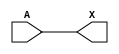
// SPDX-FileCopyrightText: 2020 Efabless Corporation
//
// Licensed under the Apache License, Version 2.0 (the "License");
// you may not use this file except in compliance with the License.
// You may obtain a copy of the License at
//
//      http://www.apache.org/licenses/LICENSE-2.0
//
// Unless required by applicable law or agreed to in writing, software
// distributed under the License is distributed on an "AS IS" BASIS,
// WITHOUT WARRANTIES OR CONDITIONS OF ANY KIND, either express or implied.
// See the License for the specific language governing permissions and
// limitations under the License.
// SPDX-License-Identifier: Apache-2.0

// Module xres_buf is a level-shift buffer between the xres pad (used for
// digital reset) and the caravel chip core.  The xres pad output is in
// the 3.3V domain while the signal goes to the digital circuitry in the
// 1.8V domain.

module xres_buf (
	X    ,
	A    ,
`ifdef USE_POWER_PINS
	VPWR ,
	VGND ,
	LVPWR,
	LVGND,
`endif
);

output X    ;
input  A    ;
`ifdef USE_POWER_PINS
inout  VPWR ;
inout  VGND ;
inout  LVPWR;
inout  LVGND;
`endif

/*sky130_fd_sc_hvl__lsbufhv2lv_1 lvlshiftdown (
`ifdef USE_POWER_PINS
	.VPWR(VPWR),
	.VPB(VPWR),

	.LVPWR(LVPWR),

	.VNB(VGND),
	.VGND(VGND),
`endif
	.A(A),
	.X(X)
);

*/
// the SCL180 pdk has inbuilt level-shift in the I/O pads
// HIGH-TO-LOW
assign A = X;

endmodule